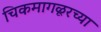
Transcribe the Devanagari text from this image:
चिकमागळूरच्या